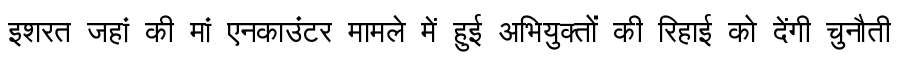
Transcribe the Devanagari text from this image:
इशरत जहां की मां एनकाउंटर मामले में हुई अभियुक्तों की रिहाई को देंगी चुनौती